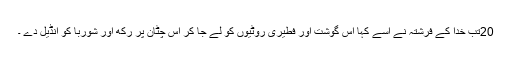
20تب خُدا کے فرِشتہ نے اُسے کہا اِس گوشت اور فطِیری روٹِیوں کو لے جا کر اُس چٹان پر رکھ اور شوربا کو اُنڈیل دے ۔